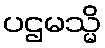
ပဌမသ္မိ